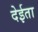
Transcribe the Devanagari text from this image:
देईता